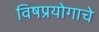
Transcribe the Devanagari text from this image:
विषप्रयोगाचे